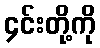
၄င်းတို့ကို